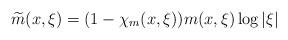
LaTeX: \begin{align*} \widetilde{m}(x,\xi)=(1-\chi_m(x,\xi))m(x,\xi)\log |\xi|\end{align*}